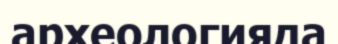
археологияда